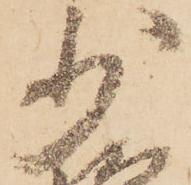
少